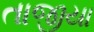
તાજીયા